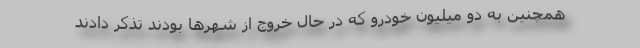
همچنین به دو میلیون خودرو که در حال خروج از شهرها بودند تذکر دادند